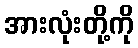
အားလုံးတို့ကို